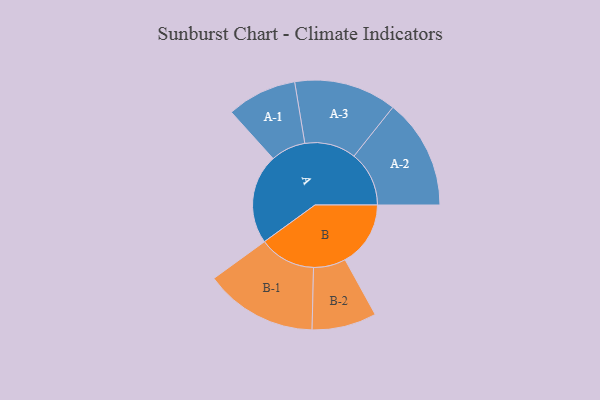
{"axis": {"x": "Segment", "y": "Value"}, "legend": ["", "A", "B"], "data": [{"x": "A", "y": 406, "type": ""}, {"x": "B", "y": 296, "type": ""}, {"x": "A-1", "y": 158, "type": "A"}, {"x": "A-2", "y": 249, "type": "A"}, {"x": "A-3", "y": 232, "type": "A"}, {"x": "B-1", "y": 255, "type": "B"}, {"x": "B-2", "y": 146, "type": "B"}]}